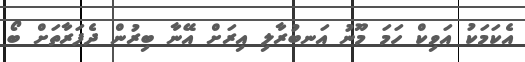
އެކަމަކު އަވިކް ހަމަ މޫނު އަނބުރާލި އިރަށް އޭނާ ބިރުން ދެފަރާތަށް ބޯ